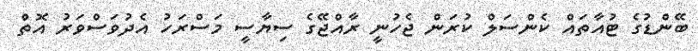
ބޭންޑުގެ ޓުއާތައް ކެންސަލް ކުރަން ޖެހުނީ ރާއްޖޭގެ ސިޔާސީ މަސްރަހު އެދުވަސްވަރު އޮތް